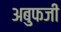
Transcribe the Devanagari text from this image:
अबुफजी